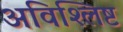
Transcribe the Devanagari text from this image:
अविश्लिष्ट